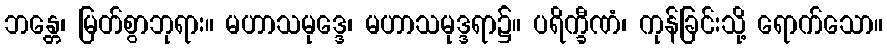
ဘန္တေ၊ မြတ်စွာဘုရား။ မဟာသမုဒ္ဒေ၊ မဟာသမုဒ္ဒရာ၌။ ပရိက္ခီဏံ၊ ကုန်ခြင်းသို့ ရောက်သော။